Problem: 14 + 36 = ?
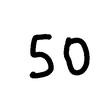
Handwritten answer: 50